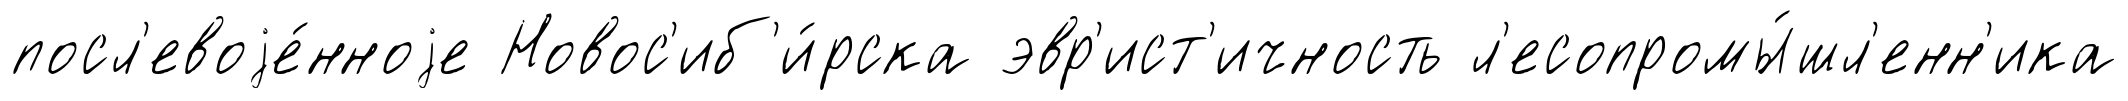
посл'евоjе́нноjе Новос'иб'и́рска эвр'ист'ичность л'есопромы́шл'енн'ика